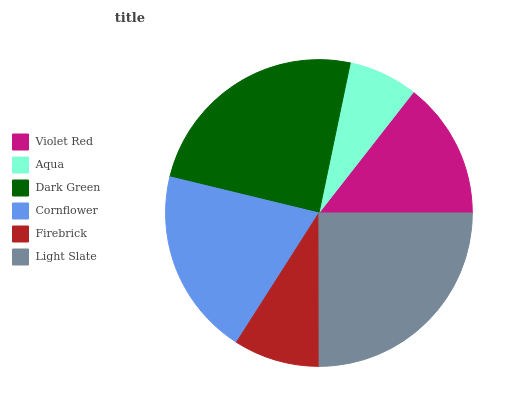
| Violet Red | Aqua | Dark Green | Cornflower | Firebrick | Light Slate |
 | --- | --- | --- | --- | --- | --- |
 | 14.4% | 7.29% | 24.5% | 19.7% | 9.05% | 25% |